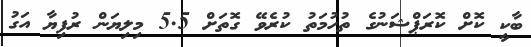
ބާކީ ކޮށް ކޮރަޕްޝަނުގެ ތުހުމަތު ކުރެވޭ ގޮތަށް 5.5 މިލިޔަން ރުފިޔާ އަގު